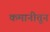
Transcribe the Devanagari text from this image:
कमानीतून